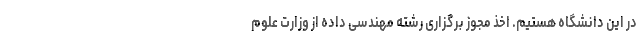
در این دانشگاه هستیم. اخذ مجوز برگزاری رشته مهندسی داده از وزارت علوم